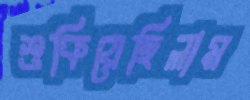
শুকিয়েছিলাম